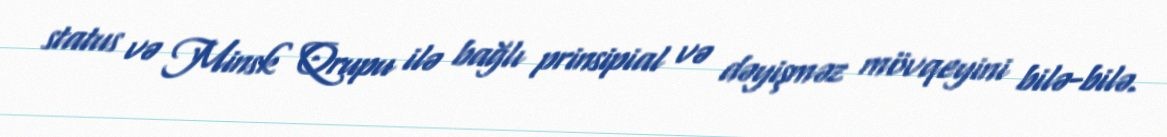
status və Minsk Qrupu ilə bağlı prinsipial və dəyişməz mövqeyini bilə-bilə.